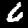
Digit: 6